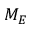
M _ { E }